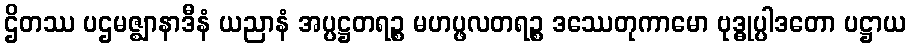
ဌိတဿ ပဌမဇ္ဈာနာဒီနံ ယညာနံ အပ္ပဋ္ဌတရဉ္စ မဟပ္ဖလတရဉ္စ ဒဿေတုကာမော ဗုဒ္ဓုပ္ပါဒတော ပဋ္ဌာယ